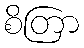
စိတြာ